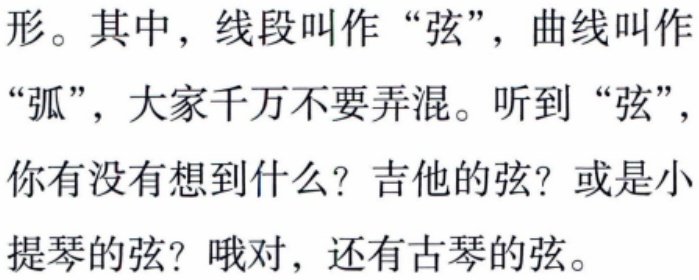
形。其中，线段叫作“弦”，曲线叫作“弧”，大家千万不要弄混。听到“弦”，你有没有想到什么？吉他的弦？或是小提琴的弦？哦对，还有古琴的弦。